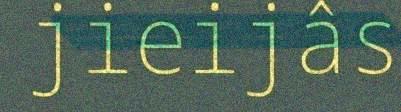
jieijâs